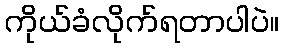
ကိုယ်ခံလိုက်ရတာပါပဲ။